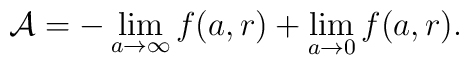
{\cal A}=-\lim_{a\rightarrow\infty}f(a,r)+\lim_{a\rightarrow0}f(a,r).